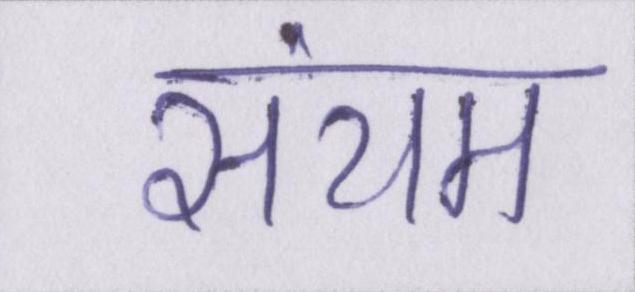
संयम